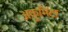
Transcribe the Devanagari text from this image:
अकुमिंटा